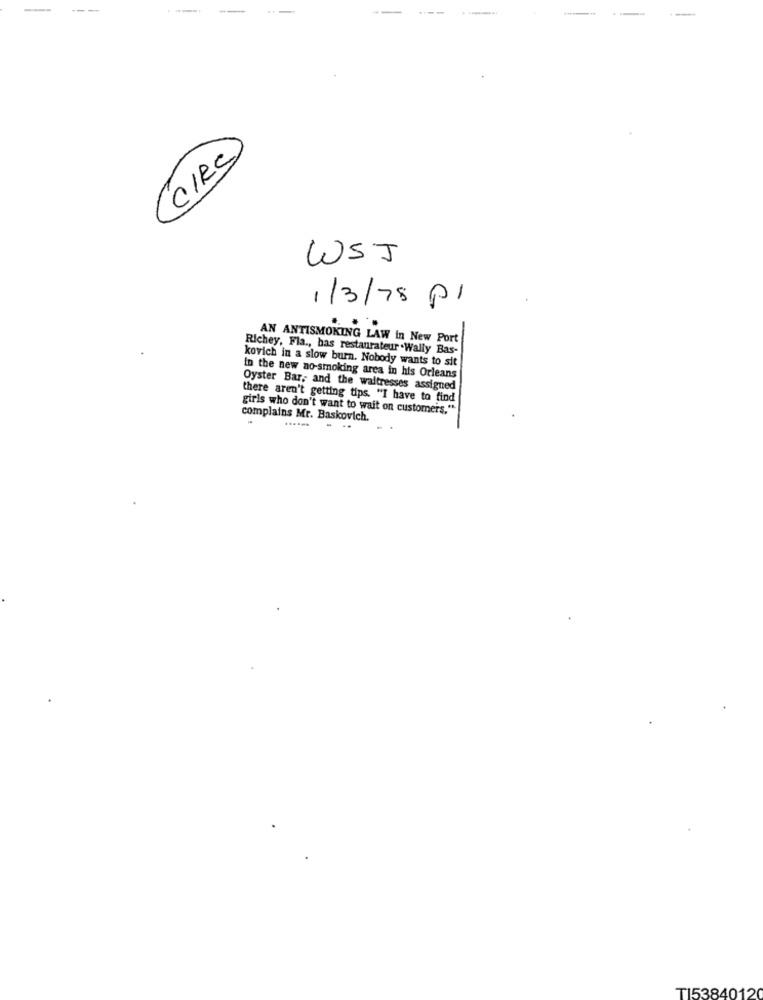
--
-
--
CIRC
WSJ
1/3/78 Pl
AN ANTISMOKING LAW in New Port
Richey, Fla ., has restaurateur .Wally Bas-
kovich in a slow burn. Nobody wants to sit
In the new no-smoking area in his Orleans
Oyster Bar, and the waitresses assigned
there aren't getting tips. "I have to find
girls who don't want to wait on customers."
complains Mr. Baskovich.
......
T153840120